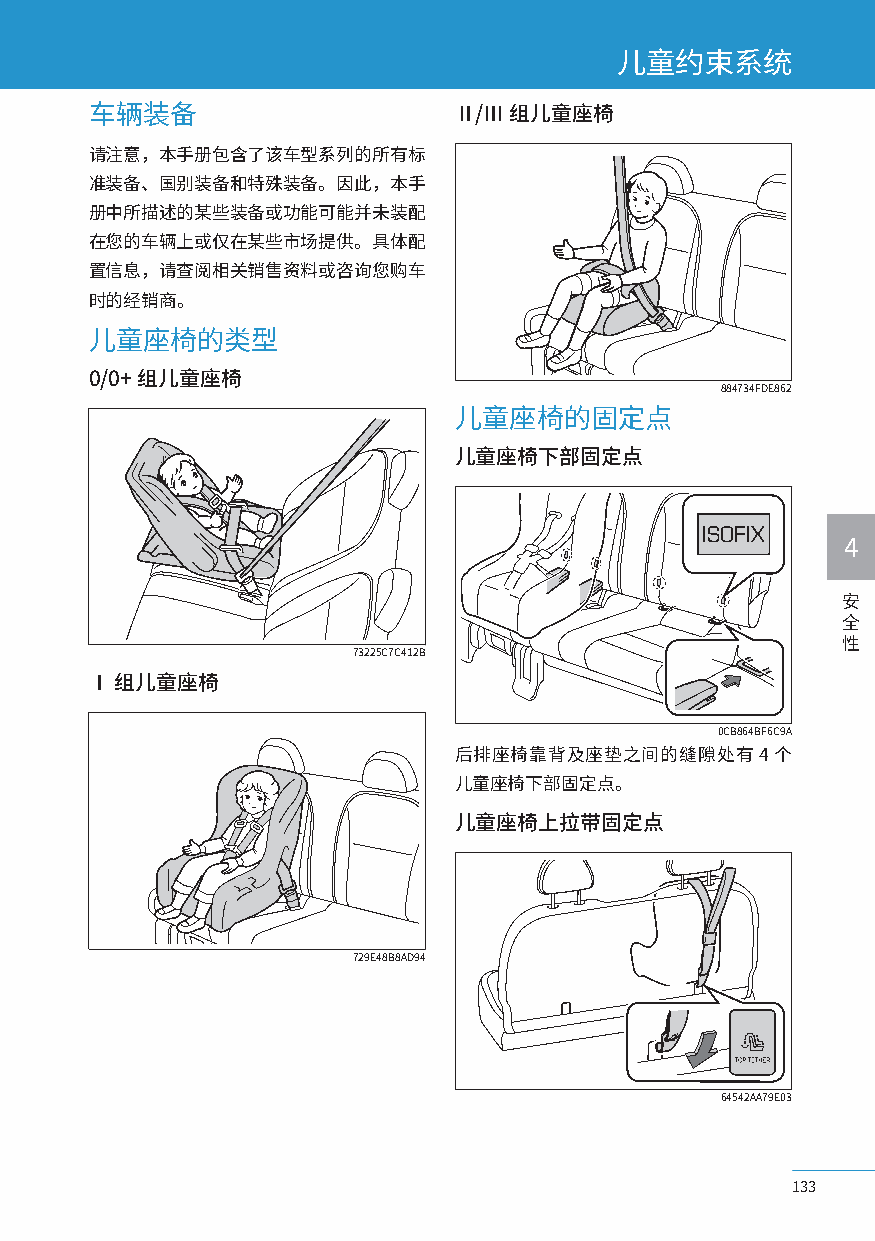
儿童约束系统
 车辆装备                    Ⅱ/Ⅲ 组儿童座椅
 请注意，本手册包含了该车型系列的所有标
 准装备、国别装备和特殊装备。因此，本手
 册中所描述的某些装备或功能可能并未装配
 在您的车辆上或仅在某些市场提供。具体配
 置信息，请查阅相关销售资料或咨询您购车
 时的经销商。
 儿童座椅的类型
 0/0+ 组儿童座椅
 884734FDE862
 儿童座椅的固定点
 儿童座椅下部固定点
 ISOFIX
 4
 安
 全
 性
 73225C7C412B
 Ⅰ 组儿童座椅
 0CB864BF6C9A
 后排座椅靠背及座垫之间的缝隙处有4个
 儿童座椅下部固定点。
 儿童座椅上拉带固定点
 729E48B8AD94
 64542AA79E03
 133